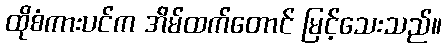
ထိုစံကားပင်က အိမ်ထက်တောင် မြင့်သေးသည်။